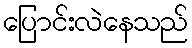
ပြောင်းလဲနေသည်